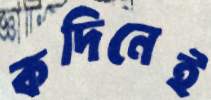
কদিনেই